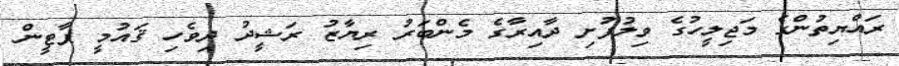
ރައްޔިތުންގެ މަޖިލީހުގެ ވިލުފުށި ދާއިރާގެ މެންބަރު ރިޔާޒު ރަޝީދު ދިވެހި ޤައުމީ ޕާޓީން